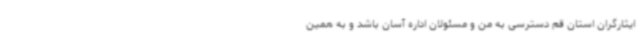
ایثارگران استان قم دسترسی به من و مسئولان اداره آسان باشد و به همین